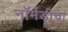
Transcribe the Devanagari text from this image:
नॉर्मंडीचा